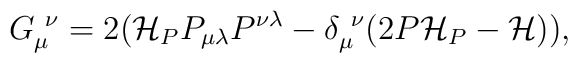
G_{\mu }^{~\nu }=2({\cal H}_{P}P_{\mu \lambda }P^{\nu \lambda }-\delta _{\mu}^{~\nu }(2P{\cal H}_{P}-{\cal H})),